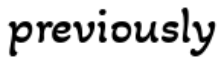
previously